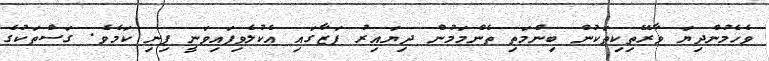
ވެހެމުންދިޔަ ވާރޭތިކިތަކުން ބިންމަތި ތެންމަމުން ދިޔައިރު ފަޒާގައި އެކުލެވިފައިވަނީ ފިނި ކަމެވެ. ގަސްތަކުގެ